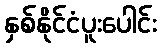
နှစ်နိုင်ငံပူးပေါင်း